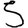
Digit: 5